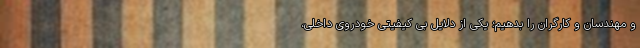
و مهندسان و کارگران را بدهیم؛ یکی از دلایل بی کیفیتی خودروی داخلی،